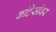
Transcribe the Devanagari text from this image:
कांटेसांवर